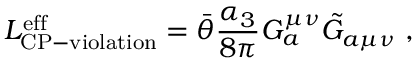
{ \cal { L } } _ { \mathrm { C P - v i o l a t i o n } } ^ { \mathrm { e f f } } = \bar { \theta } \frac { \alpha _ { 3 } } { 8 \pi } G _ { a } ^ { \mu \nu } \tilde { G } _ { a \mu \nu } ~ ,